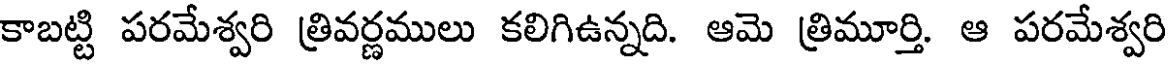
కాబట్టి పరమేశ్వరి త్రివర్ణములు కలిగిఉన్నది. ఆమె త్రిమూర్తి. ఆ పరమేశ్వరి